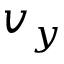
v _ { y }